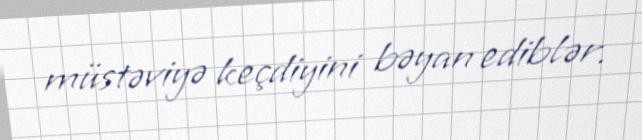
müstəviyə keçdiyini bəyan ediblər.